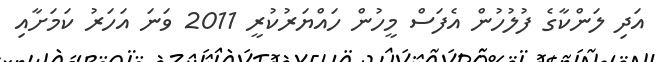
އަދި ލަންކާގެ ފުލުހުން އެފަސް މީހުން ހައްޔަރުކުރީ 2011 ވަނަ އަހަރު ކަމަށާއި